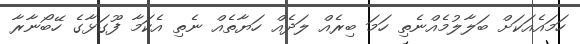
ހަމައެއަކަށް ބަލާލުމެއްނެތި ހަމަ ބިރެއް ލަދެއް ހަޔާތެއް ނެތި އެކަމާ ފޫގަޅާގެ ހޭބޯނާރާ